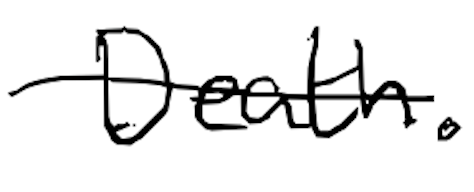
Text: Death.
Cross-out: single-line
Writing tool: digital_black